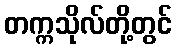
တက္ကသိုလ်တို့တွင်